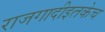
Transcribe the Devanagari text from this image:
राजगादीइतकेच